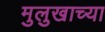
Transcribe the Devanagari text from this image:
मुलुखाच्या